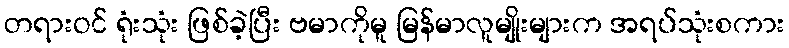
တရားဝင် ရုံးသုံး ဖြစ်ခဲ့ပြီး ဗမာကိုမူ မြန်မာလူမျိုးများက အရပ်သုံးစကား